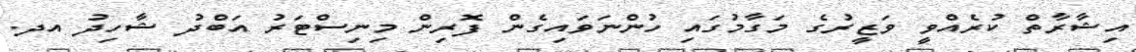
އިޝާރާތް ކުރެއްވީ ވަޒީރުގެ މަގާމުގައި ހުންނަވައިގެން ފޮރިން މިނިސްޓަރު އަބްދު ޝާހިދު އދ.